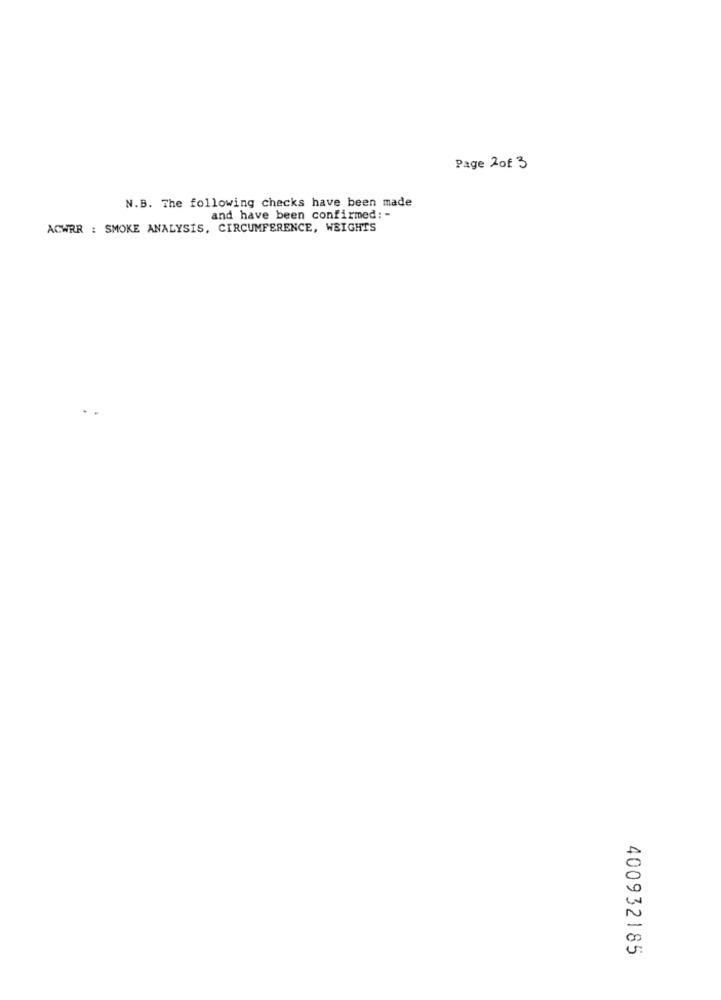
Page 2of 3
N.B. The following checks have been made
and have been confirmed: -
ACWRR : SMOKE ANALYSIS, CIRCUMFERENCE, WEIGHTS
400932185